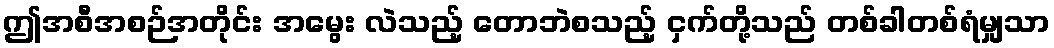
ဤအစီအစဉ်အတိုင်း အမွေး လဲသည့် တောဘဲစသည့် ငှက်တို့သည် တစ်ခါတစ်ရံမျှသာ